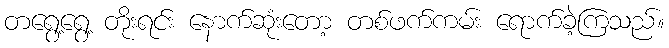
တရွေ့ရွေ့ တိုးရင်း နောက်ဆုံးတော့ တစ်ဖက်ကမ်း ရောက်ခဲ့ကြသည်။